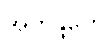
အတန္ဒိတေ